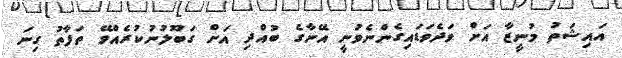
އައިޝަތު މުނީޒާ އަށް ވަދެވަޑައިގެންނެވުނީ އޭނާގެ ބުއްދި އަށް ގަބޫލުނުކުރެއްވޭ ތަފާތު ގިނަ